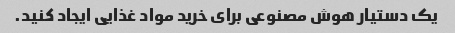
یک دستیار هوش مصنوعی برای خرید مواد غذایی ایجاد کنید.